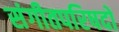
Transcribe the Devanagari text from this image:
संगीतपरिषदों